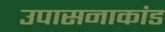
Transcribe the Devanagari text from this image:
उपासनाकांड